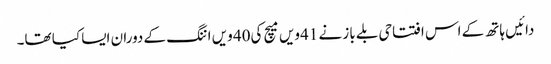
دائیں ہاتھ کے اس افتتاحی بلے باز نے 41ویں میچ کی40 ویں اننگ کے دوران ایسا کیا تھا۔